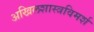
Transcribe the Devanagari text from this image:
अखिलशास्त्रविमर्श